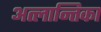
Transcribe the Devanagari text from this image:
अत्लान्तिका